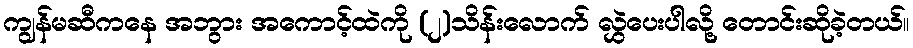
ကျွန်မဆီကနေ အဘွား အကောင့်ထဲကို (၂)သိန်းလောက် လွှဲပေးပါလို့ တောင်းဆိုခဲ့တယ်။